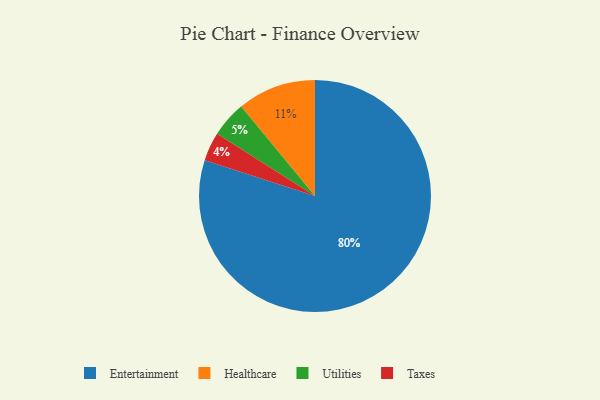
{"axis": {"x": "Category", "y": "Percentage"}, "legend": ["Entertainment", "Healthcare", "Taxes", "Utilities"], "data": [{"x": "Taxes", "y": 4, "type": "Taxes"}, {"x": "Entertainment", "y": 80, "type": "Entertainment"}, {"x": "Utilities", "y": 5, "type": "Utilities"}, {"x": "Healthcare", "y": 11, "type": "Healthcare"}]}